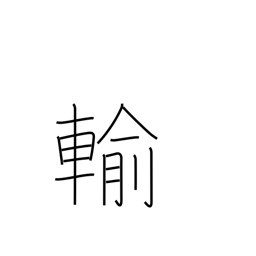
Meaning: be inferior